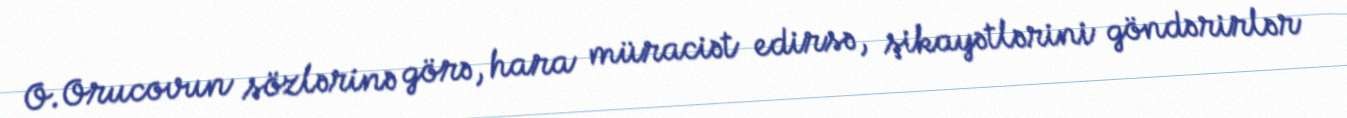
O.Orucovun sözlərinə görə, hara müraciət edirsə, şikayətlərini göndərirlər